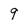
Character: 9